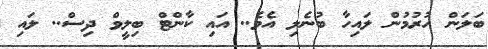
ބަލަން ހުރުމުން ލައިހާ ބުނެލި އެވެ.. އައި ކާންޓް ބިލީވް ދިސް.. ލައި